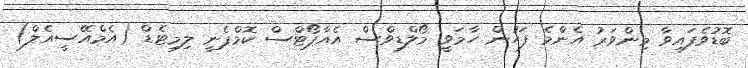
ބޮޑުވެފައިވާ މިންވަރު އެންމެ ފަހުން ހާމަވީ މޯލްޑިވްސް އެއާޕޯޓްސް ކޮމްޕެނީ ލިމިޓެޑް (އެމްއޭސީއެލް)